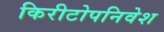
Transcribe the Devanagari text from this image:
किरीटोपनिवेश